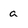
Character: a